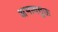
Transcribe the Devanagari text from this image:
अभावयुक्त